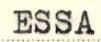
ESSA